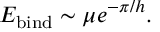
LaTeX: E _ { \mathrm { b i n d } } \sim \mu e ^ { - \pi / h } .